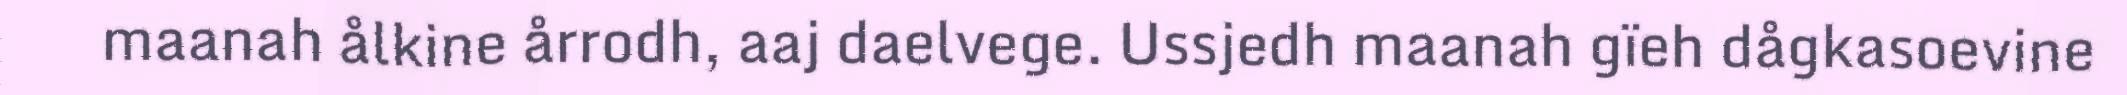
maanah ålkine årrodh, aaj daelvege. Ussjedh maanah gïeh dågkasoevine